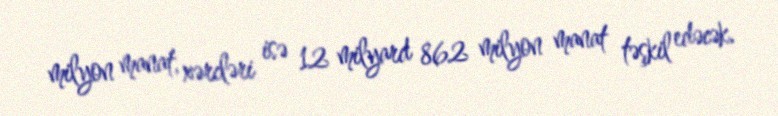
milyon manat, xərcləri isə 12 milyard 862 milyon manat təşkil edəcək.